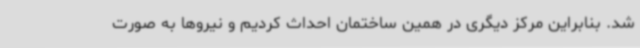
شد. بنابراین مرکز دیگری در همین ساختمان احداث کردیم و نیروها به صورت